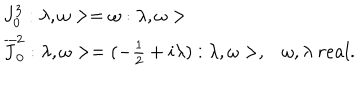
LaTeX: \begin{array} { l l } { { J _ { 0 } ^ { 3 } : \lambda , \omega > = \omega : \lambda , \omega > } } & { { } } \\ { { \overline { { { J } } } _ { 0 } ^ { 2 } : \lambda , \omega > = ( - \frac { 1 } { 2 } + i \lambda ) : \lambda , \omega > , } } & { { \omega , \lambda \ r e a l . } } \\ \end{array}